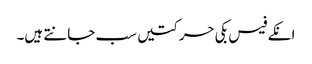
انکے فیس بکی حرکتیں سب جانتے ہیں۔